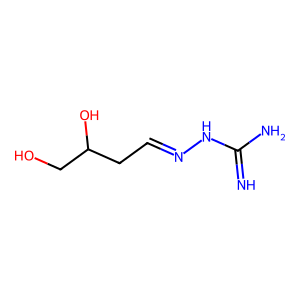
SMILES: N=C(N)NN=CCC(O)CO
Inhibits HIV replication: No